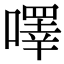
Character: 㘁